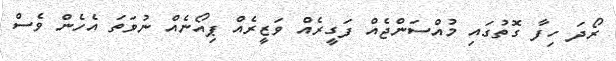
ރޯދަ ހިފާ ގޮތުގައި މުއްސަންޖެއް ފަގީރެއް ވަޒީރެއް ޕިއޯނެއް ނުވަތަ އެހެން ވެސް